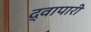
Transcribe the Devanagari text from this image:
द्वापारी